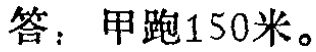
答：甲跑150米。